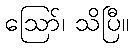
ဪ၊ သိပြီ။